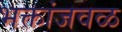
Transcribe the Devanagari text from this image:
भक्तांजवळ